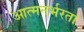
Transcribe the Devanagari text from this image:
आत्मनर्भरता